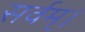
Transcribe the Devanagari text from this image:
सर्वम्।